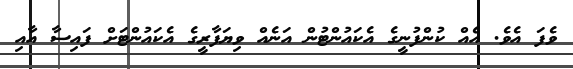
ވެފަ އެވެ. އެއް ކުންފުނީގެ އެކައުންޓުން އަނެއް ވިޔަފާރީގެ އެކައުންޓަށް ފައިސާ އާއި